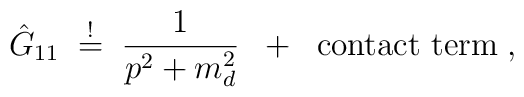
\hat{G}_{11} \; \stackrel{!}{=} \; \frac{1}{p^2 + m_d^2}\; \; + \; \; \mbox{contact term} \; ,